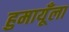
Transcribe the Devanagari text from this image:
हुमायूँला